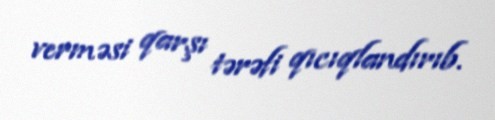
verməsi qarşı tərəfi qıcıqlandırıb.